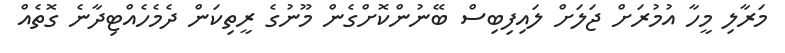
މަރާލި މީހާ އުމުރަށް ޖަލަށް ލައިފިބިސް ބޭނުންކޮށްގެން މޫނުގެ ރީތިކަން ދެމެހެއްޓިދާނެ ގޮތެއް